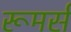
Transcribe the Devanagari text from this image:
रूमर्स